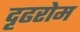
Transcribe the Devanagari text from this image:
दृढरोम